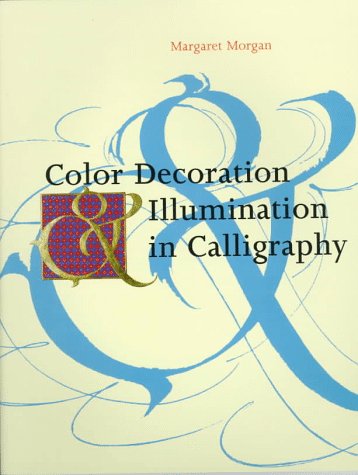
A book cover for Color Decoration & Illumination in Calligraphy: Techniques and Projects; Margaret Morgan; Arts & Photography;